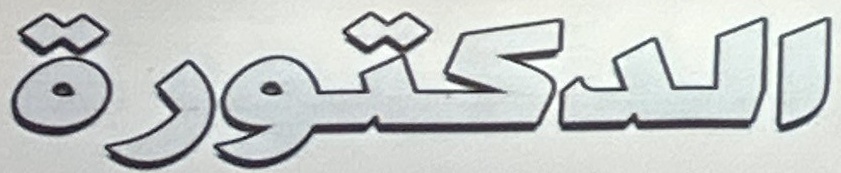
الدكتورة